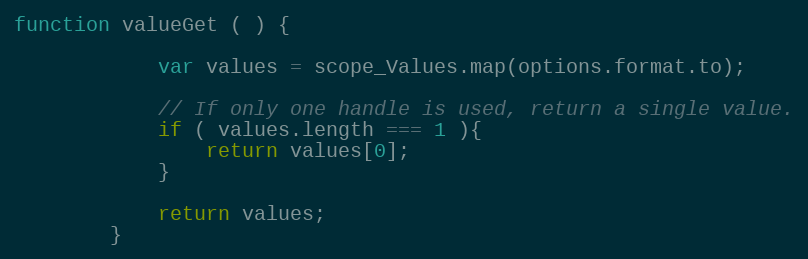
Language: JavaScript
function valueGet ( ) {

            var values = scope_Values.map(options.format.to);

            // If only one handle is used, return a single value.
            if ( values.length === 1 ){
                return values[0];
            }

            return values;
        }